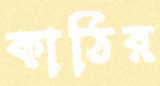
কাঠির